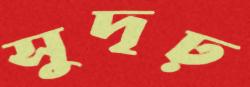
সুদৃঢ়